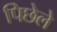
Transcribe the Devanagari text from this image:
पिछेले